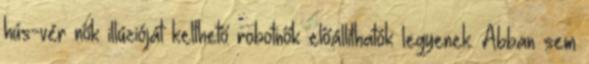
hús-vér nők illúzióját kelthető robotnők előállíthatók legyenek. Abban sem